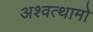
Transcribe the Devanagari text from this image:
अश्वत्थामो